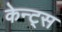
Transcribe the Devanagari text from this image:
केन्ट्स